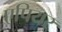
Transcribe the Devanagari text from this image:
एपियर